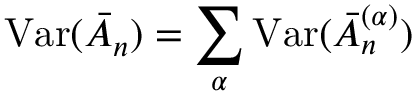
\mathrm { V a r } ( \bar { A } _ { n } ) = \sum _ { \alpha } \mathrm { V a r } ( \bar { A } _ { n } ^ { ( \alpha ) } )